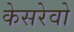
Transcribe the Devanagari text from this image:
केसरेवो